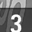
Digit: 3